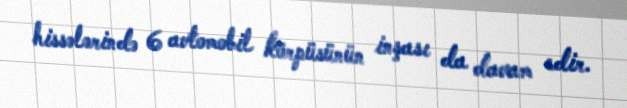
hissələrində 6 avtomobil körpüsünün inşası da davam edir.